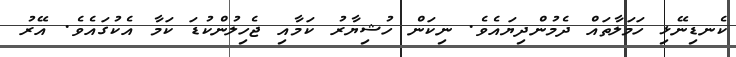
ކެނޑިނޭޅި ހަމަލާތައް ދެމުންދިޔައެވެ. ނިކަން ހުޝިޔާރު ކަމާއި ޖެހިލުންކުޑަ ކަމާ އެކުގައެވެ. އޭރު